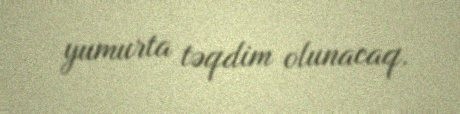
yumurta təqdim olunacaq.